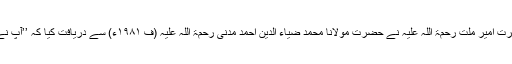
مدینہ منوّرہ میں ایک دن حضرت امیر ملّت رحمۃ اللہ علیہ نے حضرت مولانا محمد ضیاء الدین احمد مدنی رحمۃ اللہ علیہ (ف ۱۹۸۱ء) سے دریافت کیا کہ ’’آپ نے صاحبزادہ سے ملاقات کی؟